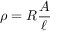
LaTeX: \rho = R { \frac { A } { \ell } }